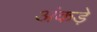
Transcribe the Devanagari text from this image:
अंकड़े